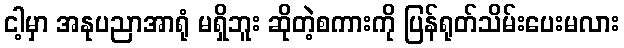
ငါ့မှာ အနုပညာအာရုံ မရှိဘူး ဆိုတဲ့စကားကို ပြန်ရုတ်သိမ်းပေးမလား